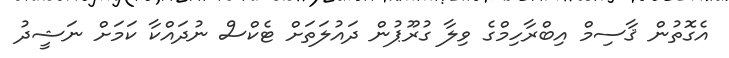
އެގޮތުން ޤާސިމް އިބްރާހިމްގެ ވިލާ ގުރޫޕުން ދައުލަތަށް ޓެކްސް ނުދައްކާ ކަމަށް ނަޝީދު